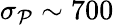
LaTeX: \sigma_{\mathcal{P}}\sim700